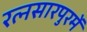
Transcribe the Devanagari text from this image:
रत्नसारपुरमें